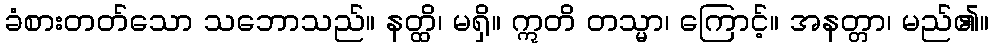
ခံစားတတ်သော သဘောသည်။ နတ္ထိ၊ မရှိ။ ဣတိ တသ္မာ၊ ကြောင့်။ အနတ္တာ၊ မည်၏။